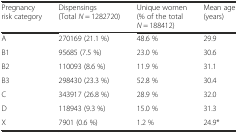
<table><thead><tr><td><b>Pregnancy risk category</b></td><td><b>Dispensings (Total <i>N</i> = 1282720)</b></td><td><b>Unique women (% of the total <i>N</i> = 188412)</b></td><td><b>Mean age (years)</b></td></tr></thead><tbody><tr><td>A</td><td>270169 (21.1 %)</td><td>48.6 %</td><td>29.9</td></tr><tr><td>B1</td><td>95685 (7.5 %)</td><td>23.0 %</td><td>30.6</td></tr><tr><td>B2</td><td>110093 (8.6 %)</td><td>11.9 %</td><td>31.1</td></tr><tr><td>B3</td><td>298430 (23.3 %)</td><td>52.8 %</td><td>30.4</td></tr><tr><td>C</td><td>343917 (26.8 %)</td><td>28.9 %</td><td>32.0</td></tr><tr><td>D</td><td>118943 (9.3 %)</td><td>15.0 %</td><td>31.3</td></tr><tr><td>X</td><td>7901 (0.6 %)</td><td>1.2 %</td><td>24.9*</td></tr></tbody></table>